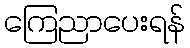
ကြေညာပေးရန်